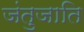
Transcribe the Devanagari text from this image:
जंतुजाति